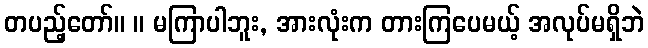
တပည့်တော်။ ။ မကြာပါဘူး, အားလုံးက တားကြပေမယ့် အလုပ်မရှိဘဲ